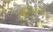
રજવાડાઓનો